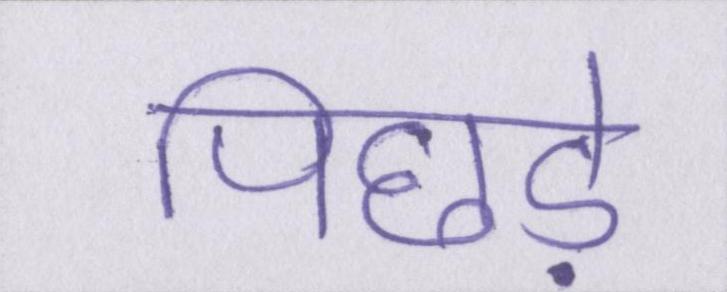
पिछड़े